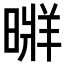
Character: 𣉚